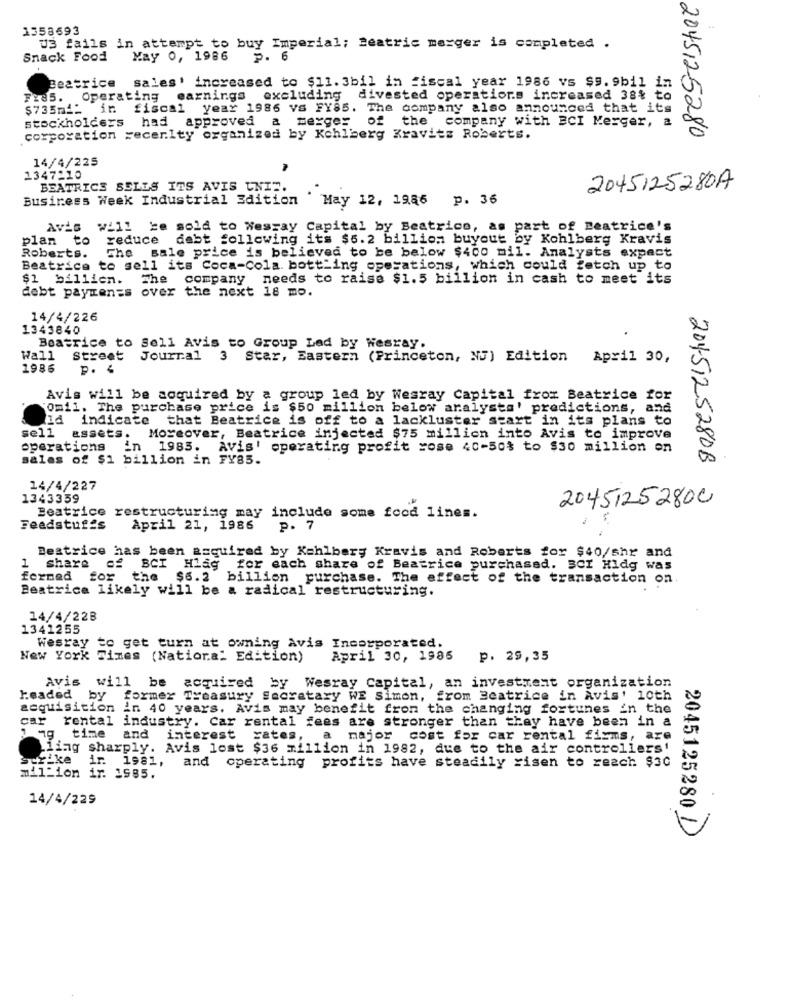
1358693
U3 fails in attempt to buy Imperial; Beatric marger is completed .
Snack Food
May 0, 1986
P. 6
Beatrice sales' increased to $11. 3bil in fiscal year 1986 vs $9.9bil in
FreS. Operating earnings excluding divested operations increased 38% to
$735m __
in fiscal year 1986 vs FY85. The company also announced that its
stockholders had approved a merges
01
the company with BCI Merger, a
corporation recenlty organized by Kohlberg Kravitz Roberts.
2045125280
14/4/225
1347210
BEATRICE SELLS ITS AVIS UNIE.
2045125280A
Business Week Industrial Edition ' May 12, 1986 p. 36
Avis
will be sold to Westay Capital by Beatrice, as part of Beatrice's
plan to
reduce debt following its $6.2 billion buyout by Kohlberg Kravis
The sale price is believed to be below $400 mil. Analysts expect
Roberts.
Beatrice to sell its Coca-Cola. bottling operations, which could fetch up to
$1 billion.
The company needs to raise $1.5 billion in cash to meet its
debt payments over the next 18 mo.
14/4/226
1343840
Beatrice to Sell Avis to Group Led by Nesray.
Wall
Street
Journal 3 Star, Eastern (Princeton, NJ) Edition April 30,
1986
P. 4
Avis will be acquired by a group led by Wesray Capital from Beatrice for
omil. The purchase price is $50 million below aralysts' predictions, and
_Id indicate
that Beatrice is off to a lackluster start in its plans to
sel1
assets.
Moreover, Beatrice injected $75 million into Avis to improve
operations
in 1985. Avis' operating profit rose 40-50% to $30 million on
sales of $1 billion in FY83.
2045125280B
14/4/227
1343359
20451252800
Beatrice restructuring may include some feed lines.
Feedstuffs
April 21, 1986
p. 7
Beatrice has been acquired by Kahlbery Kravis and Roberts for $40/shr and
1
share of
BCI Hlag for each share of Beatrice purchased. SCI Hidg was
ferned for
the $6.2 billion purchase. The effect of the transaction on
Beatrice likely will be a radical restructuring.
14/4/22B
1341255
Wesray to get turn at owning Avis Incorporated.
New York Times (Natiora" Edition)
April 30, 1985
p. 29,35
Avis
will be acquired by Wesray Capital, an investment organization
Headed by
former Treasury Secretary WE Simon, from Beatrice in Avis' 10th
acquisition
in 40 years. Avis may benefit from the changing fortunes in the
car rental industry. Car rental fees are stronger than they have been in a
time
and
interest rates,
a major cost for car rental firms, are
iing sharply. Avis lost $36 million in 1982, due to the air controllers'
ir. 1981,
and operating profits have steadily risen to reach $30
million ir. 1985.
14/4/229
2045125280 1